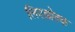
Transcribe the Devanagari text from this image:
लिएद्योतक